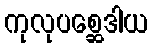
ကုလုပစ္ဆေဒါယ